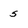
Character: 5